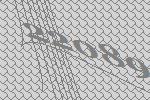
22089